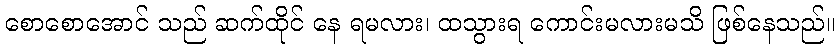
စောစောအောင် သည် ဆက်ထိုင် နေ ရမလား၊ ထသွားရ ကောင်းမလားမသိ ဖြစ်နေသည်။